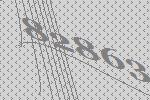
82863